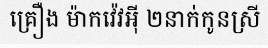
គ្រឿង ម៉ាកវ៉េវអ៊ី ២នាក់កូនស្រី